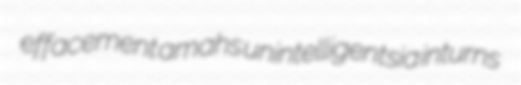
effacement amahs unintelligentsia inturns